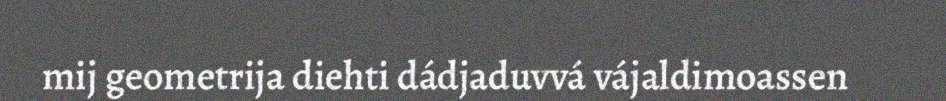
mij geometrija diehti dádjaduvvá vájaldimoassen